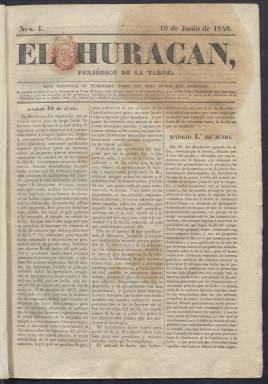
Título: El Huracán (Madrid. 1840)
Colección: Periódicos anteriores a 1850
Ámbito geográfico: Madrid
Lugar de publicación: Madrid
Fechas: 10/06/1840-03/07/1843